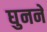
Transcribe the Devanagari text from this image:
घुनने